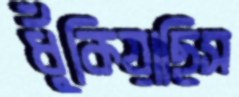
ধুঁকিয়াছিস